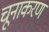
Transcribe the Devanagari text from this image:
चूनाकरण